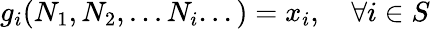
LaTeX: g_{i}(N_{1},N_{2},...N_{i}...)=x_{i},\quad\forall i\in S